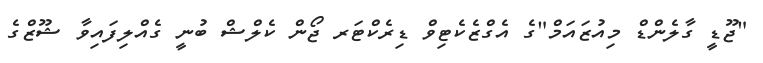
"ޖޫޑީ ގާލެންޑް މިއުޒައަމް"ގެ އެގްޒެކެޓިވް ޑިރެކްޓަރ ޖޯން ކެލްޝް ބުނީ ގެއްލިފައިވާ ޝޫޒްގެ